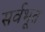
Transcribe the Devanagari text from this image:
सर्वभूत